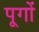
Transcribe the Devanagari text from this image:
पूगों